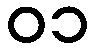
၀၁